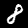
Digit: 8